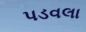
પડવલા